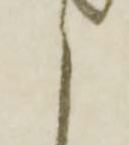
候